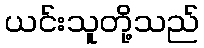
ယင်းသူတို့သည်